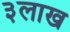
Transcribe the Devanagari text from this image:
३लाख